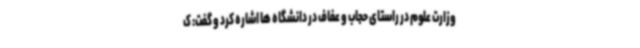
وزارت علوم در راستای حجاب و عفاف در دانشگاه ها اشاره کرد و گفت: ک